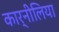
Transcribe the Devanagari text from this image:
कार्नीलिया